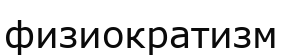
физиократизм